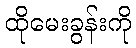
ထိုမေးခွန်းကို